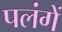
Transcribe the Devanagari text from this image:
पलंगें